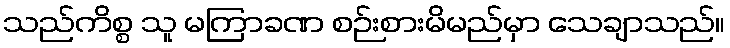
သည်ကိစ္စ သူ မကြာခဏ စဉ်းစားမိမည်မှာ သေချာသည်။